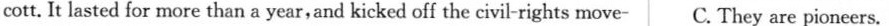
cott. It lasted for more than a year,and kicked off the civil-rights move- C. They are pioneers.